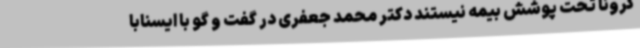
کرونا تحت پوشش بیمه نیستند دکتر محمد جعفری در گفت و گو با ایسنابا